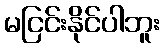
မငြင်းနိုင်ပါဘူး